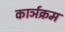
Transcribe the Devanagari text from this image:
कार्ञक्रम